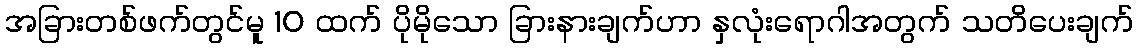
အခြားတစ်ဖက်တွင်မူ 10 ထက် ပိုမိုသော ခြားနားချက်ဟာ နှလုံးရောဂါအတွက် သတိပေးချက်